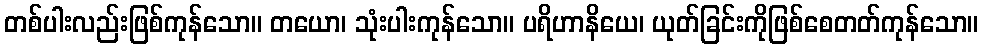
တစ်ပါးလည်းဖြစ်ကုန်သော။ တယော၊ သုံးပါးကုန်သော။ ပရိဟာနိယေ၊ ယုတ်ခြင်းကိုဖြစ်စေတတ်ကုန်သော။